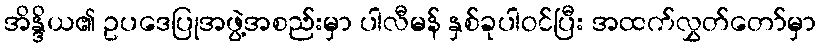
အိန္ဒိယ၏ ဥပဒေပြုအဖွဲ့အစည်းမှာ ပါလီမန် နှစ်ခုပါဝင်ပြီး အထက်လွှတ်တော်မှာ